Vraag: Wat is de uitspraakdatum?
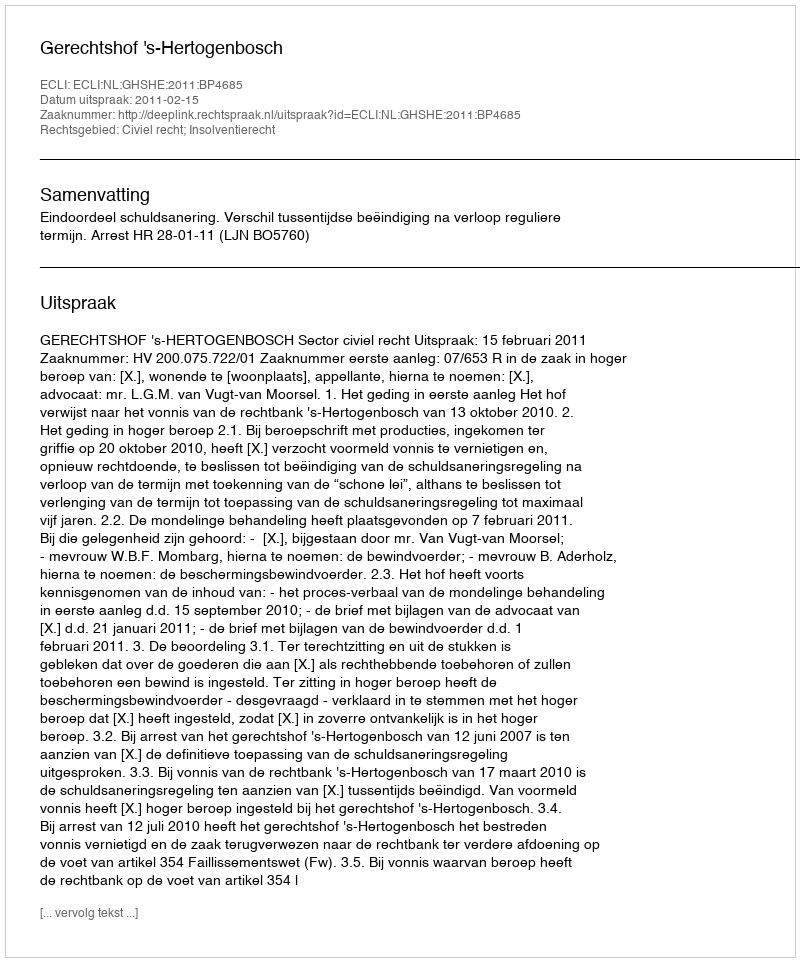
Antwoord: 2011-02-15